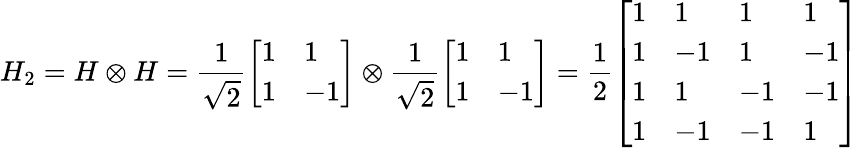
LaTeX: H_{2}=H\otimes H={\frac{1}{\sqrt{2}}}{\left[\begin{array}{ll}{1}&{1}\\ {1}&{-1}\end{array}\right]}\otimes{\frac{1}{\sqrt{2}}}{\left[\begin{array}{ll}{1}&{1}\\ {1}&{-1}\end{array}\right]}={\frac{1}{2}}{\left[\begin{array}{llll}{1}&{1}&{1}&{1}\\ {1}&{-1}&{1}&{-1}\\ {1}&{1}&{-1}&{-1}\\ {1}&{-1}&{-1}&{1}\end{array}\right]}